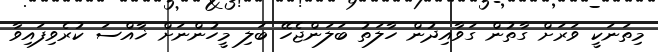
މިތަނަކީ ވަރަށް ގާތުން ގަވާއިދުން ހާލަތު ބަލަންޖެހޭ ބަލި މީހުންނަށް ޚާއްސަ ކުރެވިފައިވާ